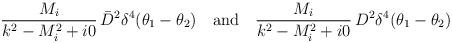
LaTeX: \begin{align*}\frac{M_i}{k^2-M_i^2+i0}\,\bar D^2 \delta^4(\theta_1-\theta_2)\quad\mbox{and}\quad\frac{M_i}{k^2-M_i^2+i0}\, D^2 \delta^4(\theta_1-\theta_2)\end{align*}